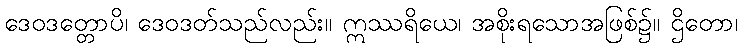
ဒေဝဒတ္တောပိ၊ ဒေဝဒတ်သည်လည်း။ ဣဿရိယေ၊ အစိုးရသောအဖြစ်၌။ ဌိတော၊